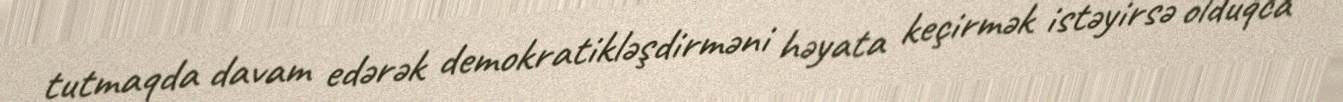
tutmaqda davam edərək demokratikləşdirməni həyata keçirmək istəyirsə olduqca